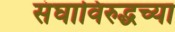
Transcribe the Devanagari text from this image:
संघाविरुद्धच्या